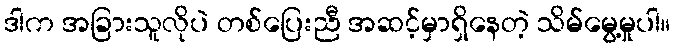
ဒါက အခြားသူလိုပဲ တစ်ပြေးညီ အဆင့်မှာရှိနေတဲ့ သိမ်မွေ့မှုပါ။